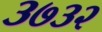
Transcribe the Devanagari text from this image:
३७३२